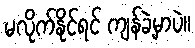
မလိုက်နိုင်ရင် ကျန်ခဲ့မှာပဲ။